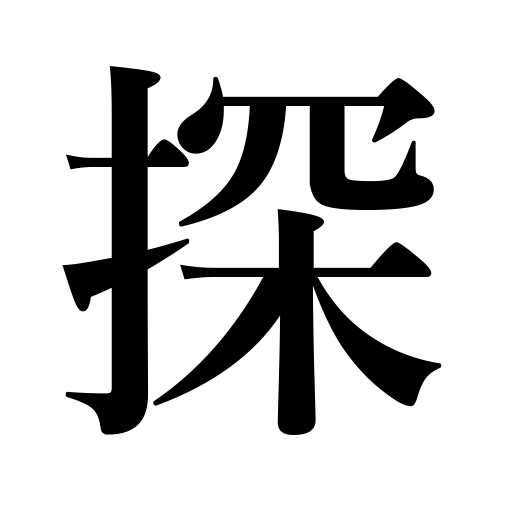
Meanings: probe a wound,look for,spy upon,search,explore,sound out